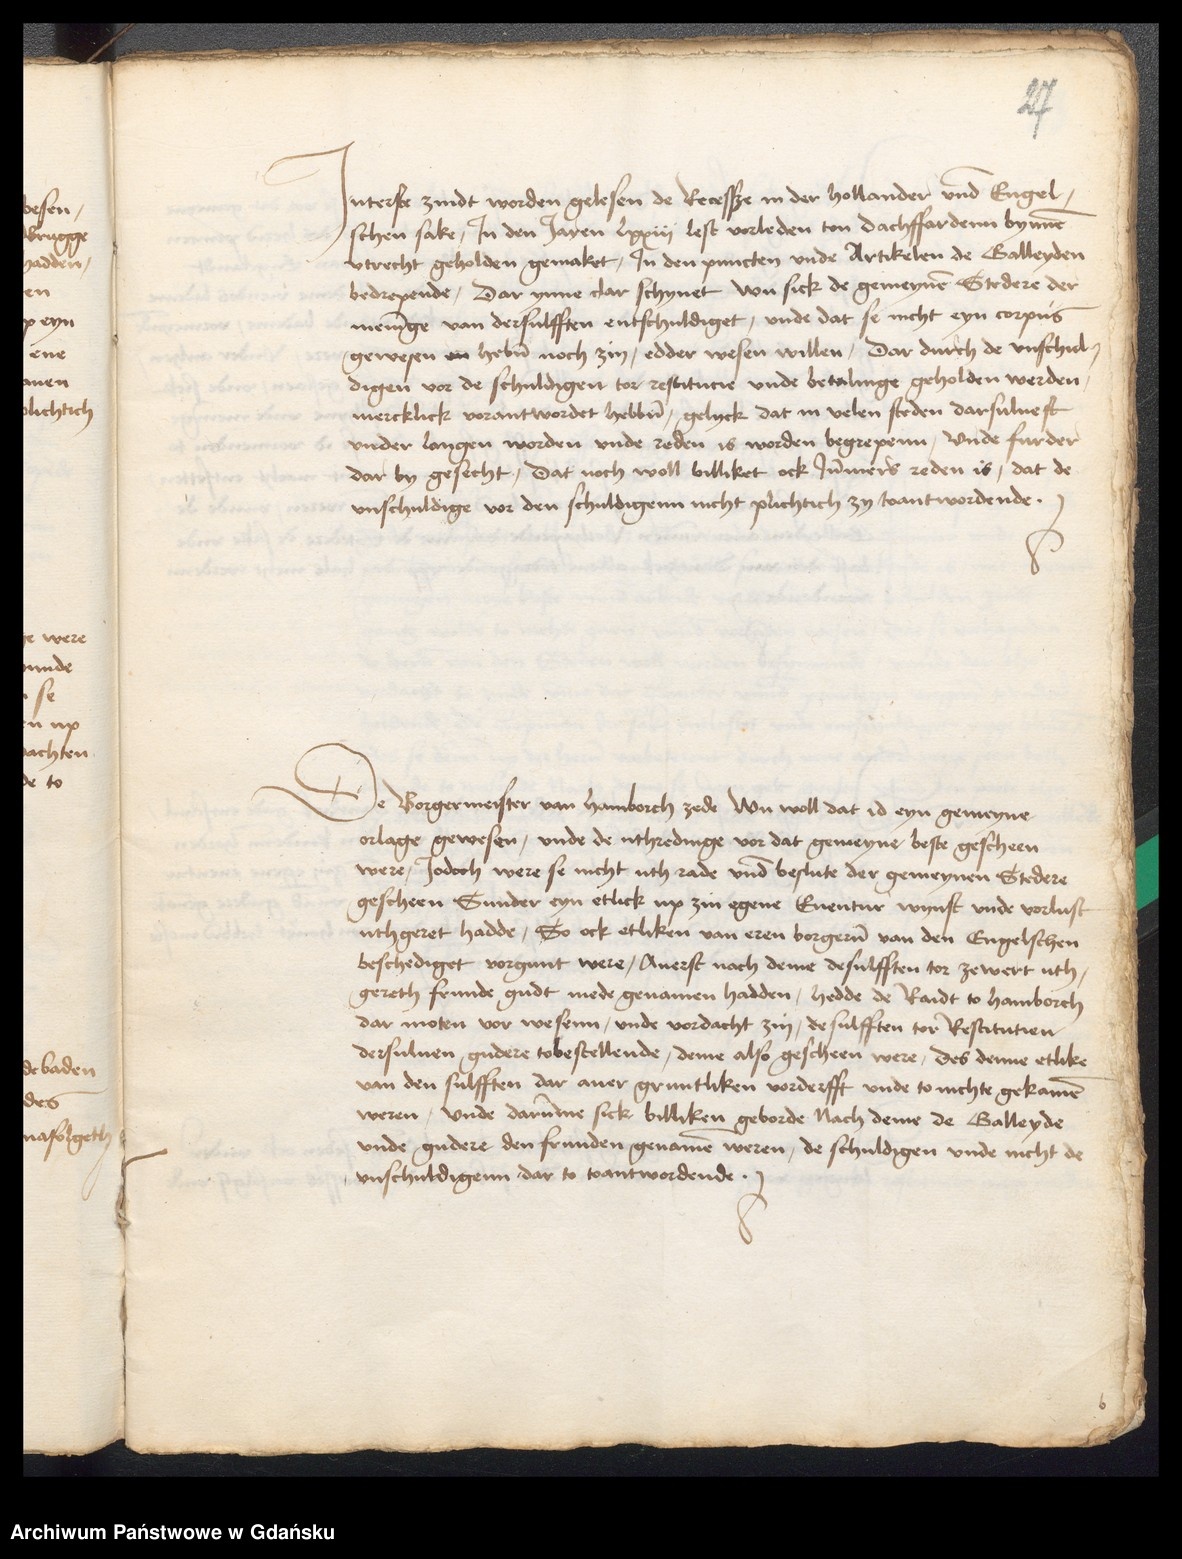
27

Jnterste zindt worden gelesen de Recesse in der hollander vnde Engel¬
schen sake, Jn den Jaren lxxiij lest vorleden ton dachffardenn bynnen
Vtrecht geholden gemaket, Jn den puncten vnde Artikelen de Galleyden
bedrepende, dar ynne clar schynet wu sick de gemeynen Stedere der
meninge van dersulfften entschuldiget, vnde dat se nicht eyn corpus
gewesen en heben noch zin, edder wesen willen, dar durch de vnschul¬
digen vor de schuldigen tor restitucie vnde betalinge geholden werden
mercklick vorantwordet hebben, gelyck dat in velen steden darsuluest
vnder langen worden vnde reden is worden begrepenn, vnde furder
dar by gesecht, dat noch wol billiket ock Jummers reden is, dat de
vnschuldige vor den schuldigenn nicht plichtich zy toantwordende.

De Borgermeister van Hamborch zede wu woll dat id eyn gemeyne
orlage gewesen, vnde de uthredinge vor dat gemeyne beste gescheen
were, Jodoch were se nicht uth rade vnde beslute der gemeynen Stedere
gescheen Sunder eyn etlick up zin egene Euentur wynst vnde vorlust
uthgeret hadde, So ock etliken van eren borgeren van den Engelschen
beschediget vorgunt were, Auerst noch deme desulfften tor zewert uth¬
gereth frunde gudt mede genamen hadden, hedde de Raidt to Hamborch
dar moten vor wesenn, vnde vordacht zin, de sulfften tor Restitutien
dersuluen gudere tobestellende, deme also gescheen were, des denne etlike
van den sulfften dar auer gruntliken vorderfft vnde to nichte gekamen
weren, vnde darumme sick billiken geborde Nach deme de Galleyde
vnde gudere den frunden genamen weren, de schuldigen vnde nicht de
vnschuldigenn dar to toantwordende.